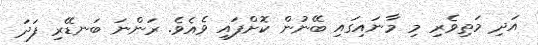
އަދި މަތިވެރި މި މާނައިގައި ބޭނުން ކޮށްފައި ވެއެވެ. ރަންނަ ބަނޑޭރި ފަދަ